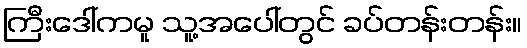
ကြီးဒေါ်ကမူ သူ့အပေါ်တွင် ခပ်တန်းတန်း။